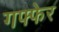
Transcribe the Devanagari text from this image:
गफ्फेर